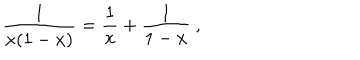
LaTeX: { \frac { 1 } { x ( 1 - x ) } } = { \frac { 1 } { x } } + { \frac { 1 } { 1 - x } } \ ,